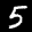
Label: 5